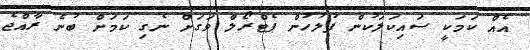
އެއް ކަމަކީ ސައިކަލަކުން ފުލުހުން ޕެޓްރޯލް ވަގަށް ނެގި ކަމަށް ބުނެ ރާއްޖެ